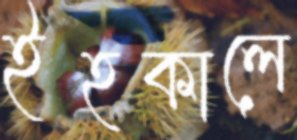
ইহকালে